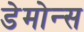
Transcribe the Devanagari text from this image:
डेमोन्स